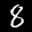
Label: 8